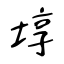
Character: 埻